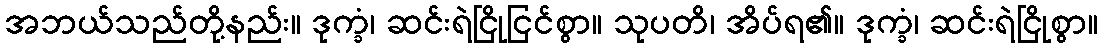
အဘယ်သည်တို့နည်း။ ဒုက္ခံ၊ ဆင်းရဲငြိုငြင်စွာ။ သုပတိ၊ အိပ်ရ၏။ ဒုက္ခံ၊ ဆင်းရဲငြိုစွာ။